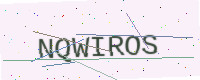
Text: NQWIROS